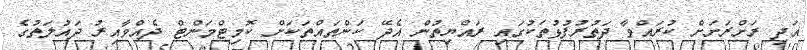
އަދި ރަށްރަށަށް ކުރައްވާ ދަތުރުފުޅުތަކުގައި ރައްޔިތުން އެދޭ ކަންތައްތަކަށް ކޮމިޓްމަންޓް ދެއްވާއިރު ދައުލަތުގެ